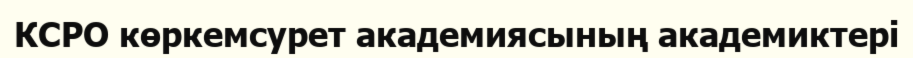
КСРО көркемсурет академиясының академиктері